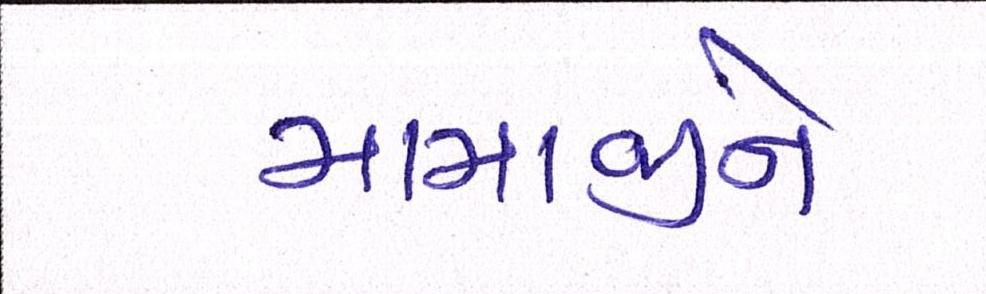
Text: મામાજીને